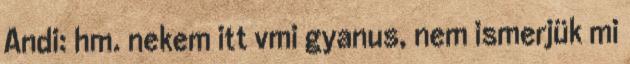
Andi: hm. nekem itt vmi gyanus, nem ismerjük mi